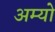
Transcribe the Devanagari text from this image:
अम्यो